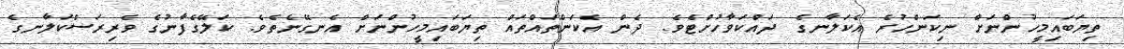
ތިޔަބައިމީހުންނަށް ނިކަންހުރެ އެކަލާނގެ ދައްކަވާހުށްޓެވެ. ދެން އެކަންތައްތައް ތިޔަބައިމީހުންނަށް އެނގޭނެތެވެ. ކަލޭގެފާނުގެ ވެރިރަސްކަލާނގެ